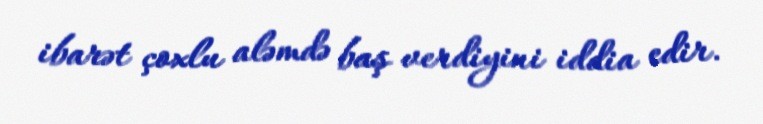
ibarət çoxlu aləmdə baş verdiyini iddia edir.